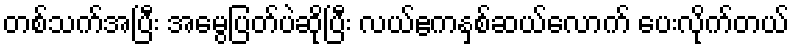
တစ်သက်အပြီး အမွေပြတ်ပဲဆိုပြီး လယ်ဧကနှစ်ဆယ်လောက် ပေးလိုက်တယ်